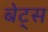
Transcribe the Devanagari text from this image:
बेट्‌स